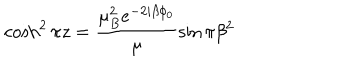
\cosh ^ { 2 } \pi z = \frac { \mu _ { B } ^ { 2 } e ^ { - 2 i \beta \phi _ { 0 } } } { \mu } \sin \pi \beta ^ { 2 }